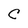
Character: C